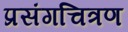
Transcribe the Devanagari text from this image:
प्रसंगचित्रण